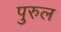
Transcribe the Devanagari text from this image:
पुरुल